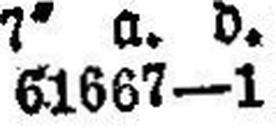
61667-1